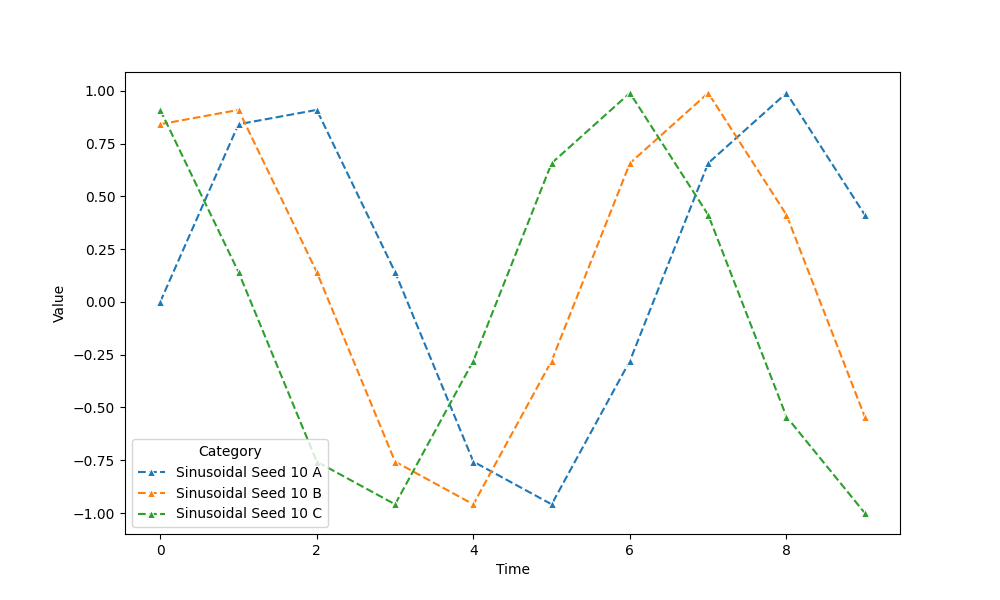
python, seaborn, lineplot, style='dashed', marker='^'